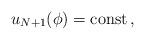
LaTeX: \begin{align*} u_{N+1}(\phi)=\mathrm{const} \, , \end{align*}